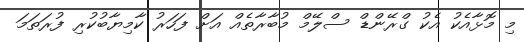
މި މޮޅާއެކު އެކު ގްރޭންޑް ސްލޭމް މުބާރާތެއް އަށް ފަހަރު ކާމިޔާބުކުރި ފުރަތަމަ